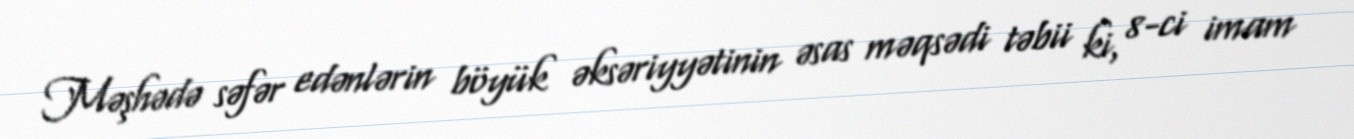
Məşhədə səfər edənlərin böyük əksəriyyətinin əsas məqsədi təbii ki, 8-ci imam